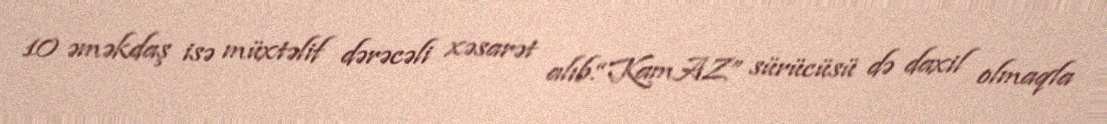
10 əməkdaş isə müxtəlif dərəcəli xəsarət alıb.“KamAZ” sürücüsü də daxil olmaqla